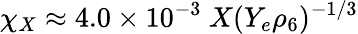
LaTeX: \chi_{X}\approx 4.0\times 10^{-3}\ X(Y_{e}\rho_{6})^{-1/3}